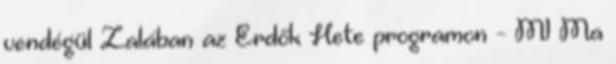
vendégül Zalában az Erdők Hete programon - M1 Ma